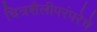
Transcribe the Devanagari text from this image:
चित्रशैलीपरंपरेचे